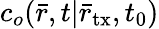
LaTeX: c_{o}(\bar{r},t|{{\bar{r}}_{\mathrm{tx}}},{t_{0}})